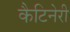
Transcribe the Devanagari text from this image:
कैटिनेरी